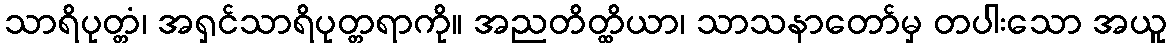
သာရိပုတ္တံ၊ အရှင်သာရိပုတ္တရာကို။ အညတိတ္ထိယာ၊ သာသနာတော်မှ တပါးသော အယူ